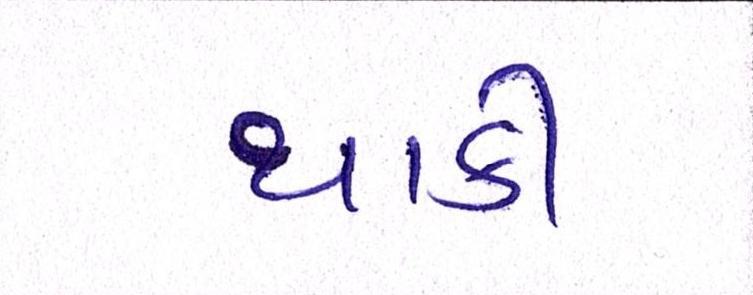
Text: થાકી